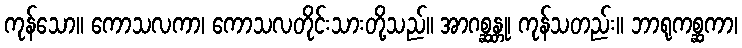
ကုန်သော။ ကောသလကာ၊ ကောသလတိုင်းသားတို့သည်။ အာဂစ္ဆန္တု၊ ကုန်သတည်း။ ဘာရုကစ္ဆကာ၊